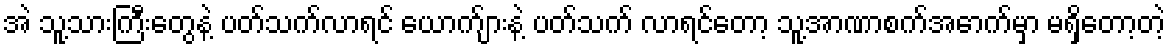
အဲ သူ့သားကြီးတွေနဲ့ ပတ်သက်လာရင် ယောက်ျားနဲ့ ပတ်သက် လာရင်တော့ သူ့အာဏာစက်အောက်မှာ မရှိတော့တဲ့